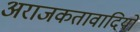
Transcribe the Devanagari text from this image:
अराजकतावादियों